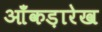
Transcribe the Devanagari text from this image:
आँकड़ारेख